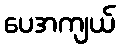
ပေအကျယ်